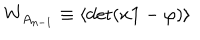
W _ { A _ { n - 1 } } \equiv \langle \mathrm { d e t } ( x { \bf 1 } - \varphi ) \rangle